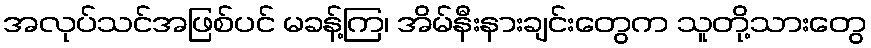
အလုပ်သင်အဖြစ်ပင် မခန့်ကြ၊ အိမ်နီးနားချင်းတွေက သူတို့သားတွေ